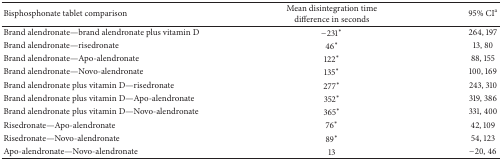
<table><thead><tr><td><b>Bisphosphonate tablet comparison</b></td><td><b>Mean disintegration time difference in seconds</b></td><td><b>95% CI<sup>a</sup></b></td></tr></thead><tbody><tr><td>Brand alendronate—brand alendronate plus vitamin D</td><td>−231∗</td><td>264, 197</td></tr><tr><td>Brand alendronate—risedronate</td><td>46∗</td><td>13, 80</td></tr><tr><td>Brand alendronate—Apo-alendronate</td><td>122∗</td><td>88, 155</td></tr><tr><td>Brand alendronate—Novo-alendronate</td><td>135∗</td><td>100, 169</td></tr><tr><td>Brand alendronate plus vitamin D—risedronate</td><td>277∗</td><td>243, 310</td></tr><tr><td>Brand alendronate plus vitamin D—Apo-alendronate</td><td>352∗</td><td>319, 386</td></tr><tr><td>Brand alendronate plus vitamin D—Novo-alendronate</td><td>365∗</td><td>331, 400</td></tr><tr><td>Risedronate—Apo-alendronate</td><td>76∗</td><td>42, 109</td></tr><tr><td>Risedronate—Novo-alendronate</td><td>89∗</td><td>54, 123</td></tr><tr><td>Apo-alendronate—Novo-alendronate</td><td>13</td><td>−20, 46</td></tr></tbody></table>